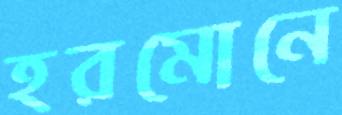
হরমোনে